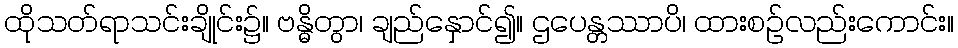
ထိုသတ်ရာသင်းချိုင်း၌။ ဗန္ဓိတွာ၊ ချည်နှောင်၍။ ဌပေန္တဿာပိ၊ ထားစဉ်လည်းကောင်း။